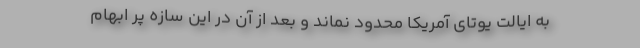
به ایالت یوتای آمریکا محدود نماند و بعد از آن در این سازه پر ابهام